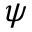
\psi